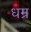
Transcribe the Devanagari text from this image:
धम्र